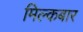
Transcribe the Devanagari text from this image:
मिल्कबार